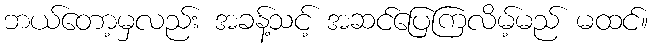
ဘယ်တော့မှလည်း အခန့်သင့် အဆင်ပြေကြလိမ့်မည် မထင်။